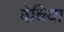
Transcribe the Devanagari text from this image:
वेच्चिया